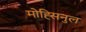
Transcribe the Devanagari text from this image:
मोह्सिनुल